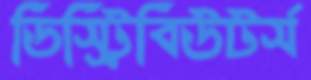
ডিস্ট্রিবিউটর্স